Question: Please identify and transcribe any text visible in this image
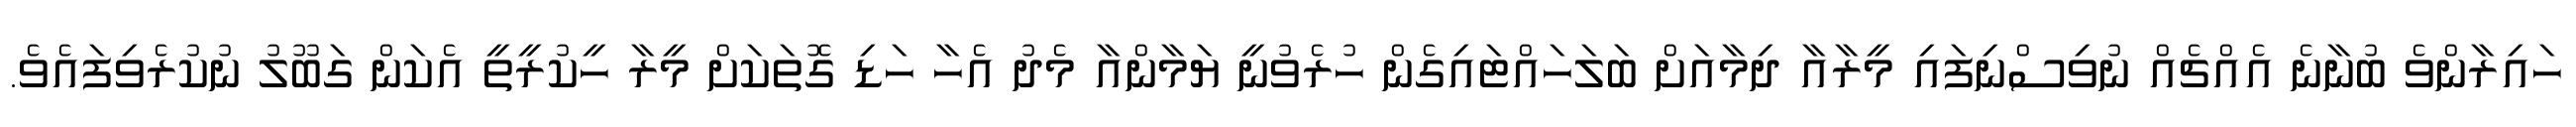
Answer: ހައިރާންވެ ބުނާނެ އެއްޗެއް ނުވިސްނިފައި މީރާއާ ދިމާއަށް ބަލަހައްޓައިގެން ހުރެވުނީ ޔަމާންއާ މެދު އެހާ ހަޑި ގޮތަކަށް މީރާ ހީކުރީތީ އެކަން ގަބޫލު ނުކުރެވިފައެވެ.